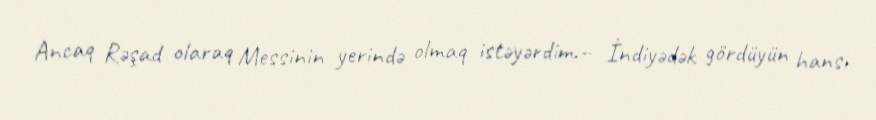
Ancaq Rəşad olaraq Messinin yerində olmaq istəyərdim.– İndiyədək gördüyün hansı